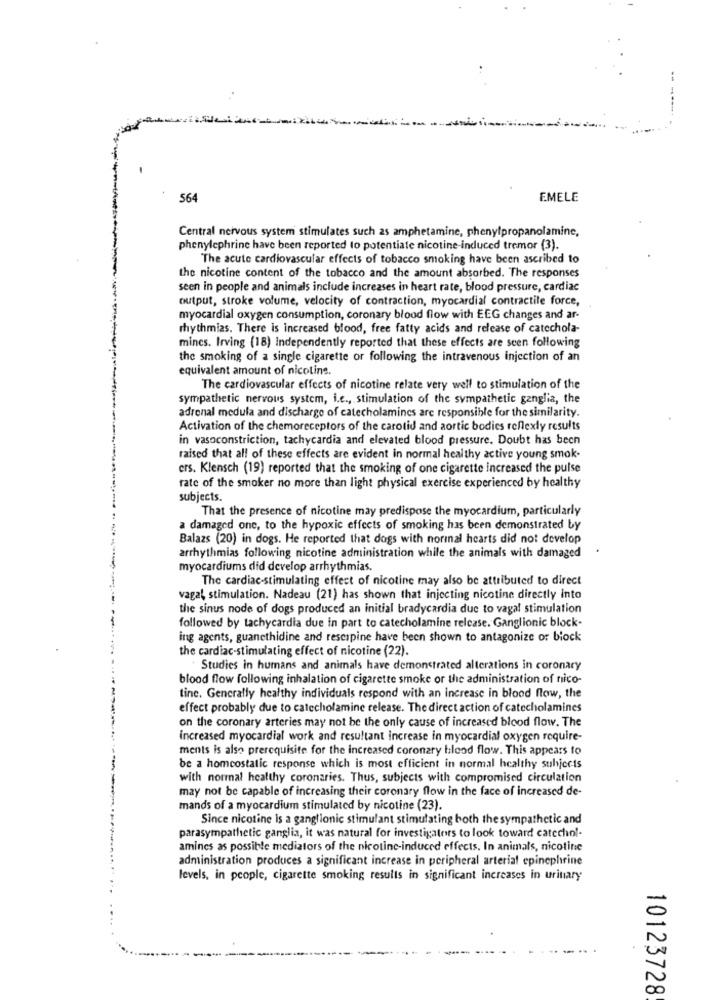
564
EMELE
Central nervous system stimulates such as amphetamine, phenylpropanolamine,
phenylephrine have been reported to potentiate nicotine-induced tremor (3).
The acute cardiovascular effects of tobacco smoking have been ascribed to
the nicotine content of the tobacco and the amount absorbed. The responses
seen in people and animals include increases in heart rate, blood pressure, cardiac
output, stroke volume, velocity of contraction, myocardial contractile force,
myocardial oxygen consumption, coronary blood flow with EEG changes and ar-
rhythmias. There is increased blood, free fatty acids and release of catechola-
mincs. Irving (18) Independently reported that these effects are seen following
the smoking of a single cigarette or following the intravenous injection of an
equivalent amount of nicotine.
The cardiovascular effects of nicotine relate very well to stimulation of the
sympathetic nervous system, i.e ., stimulation of the sympathetic ganglia, the
adronal medula and discharge of catecholamines are responsible for the similarity.
Activation of the chemoreceptors of the carotid and aortic bodies reflexly results
in vasoconstriction, tachycardia and elevated blood pressure. Doubt has been
raised that all of these effects are evident in normal healthy active young smok-
crs. Klensch (19) reported that the smoking of one cigarette increased the pulse
rate of the smoker no more than light physical exercise experienced by healthy
subjects.
That the presence of nicotine may predispose the myocardium, particularly
a damaged one, to the hypoxic effects of smoking has been demonstrated by
Balazs (20) in dogs. He reported that dogs with normal hearts did not develop
arrhythmias following nicotine administration while the animals with damaged
myocardiums did develop arrhythmias.
The cardiac-stimulating effect of nicotine may also be attributed to direct
vagal, stimulation. Nadeau (21) has shown that injecting nicotine directly into
the sinus node of dogs produced an initial bradycardia due to vagal stimulation
followed by tachycardia due in part to catecholamine release. Ganglionic block-
--
ing agents, guanethidine and rescipine have been shown to antagonize or block
the cardiac-stimulating effect of nicotine (22).
Studies in humans and animals have demonstrated alterations in coronary
blood flow following inhalation of cigarette smoke or the administration of nico-
tine. Generally healthy individuals respond with an increase in blood flow, the
effect probably due to catecholamine release. The direct action of catecholamines
-
on the coronary arteries may not be the only cause of increased blood flow. The
increased myocardial work and resultant increase in myocardial oxygen require-
ments is also prerequisite for the increased coronary blood flow. This appears to
-
be a homeostatic response which is most efficient in normal healthy subjects
with normal healthy coronaries. Thus, subjects with compromised circulation
may not be capable of increasing their coronary flow in the face of increased de-
mands of a myocardium stimulated by nicotine (23).
Since nicotine is a ganglionic stimulant stimulating both the sympathetic and
parasympathetic ganglia, it was natural for investigators to look toward catechol-
amines as possible mediators of the nicotine-induced effects. In animals, nicotine
administration produces a significant increase in peripheral arterial epinephrine
levels, in people, cigarette smoking results in significant increases in urinary
10123728